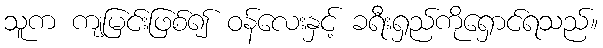
သူက ကျမြင်းဖြစ်၍ ဝန်လေးနှင့် ခရီးရှည်ကိုရှောင်ရသည်။